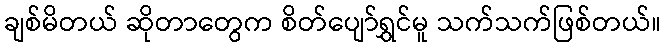
ချစ်မိတယ် ဆိုတာတွေက စိတ်ပျော်ရွှင်မူ သက်သက်ဖြစ်တယ်။